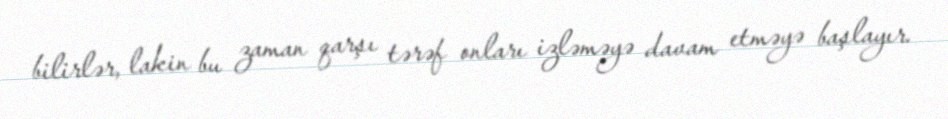
bilirlər, lakin bu zaman qarşı tərəf onları izləməyə davam etməyə başlayır.